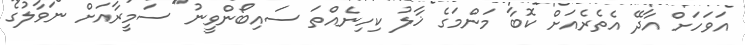
އަވަހަށް އާދޭ އެތެރެއަށް ކޮބާ މަންމަގެ ޚާލު ކިހިނެއްތަ ސައިބޯންވީނު" ސަމީރާއަށް ނަވާލުގެ